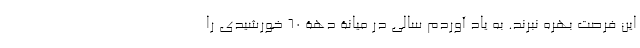
این فرصت بهره نبرند. به یاد آوردم سالی در میانۀ دهۀ 60 خورشیدی را